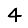
Digit: 4